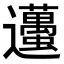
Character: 𨙚